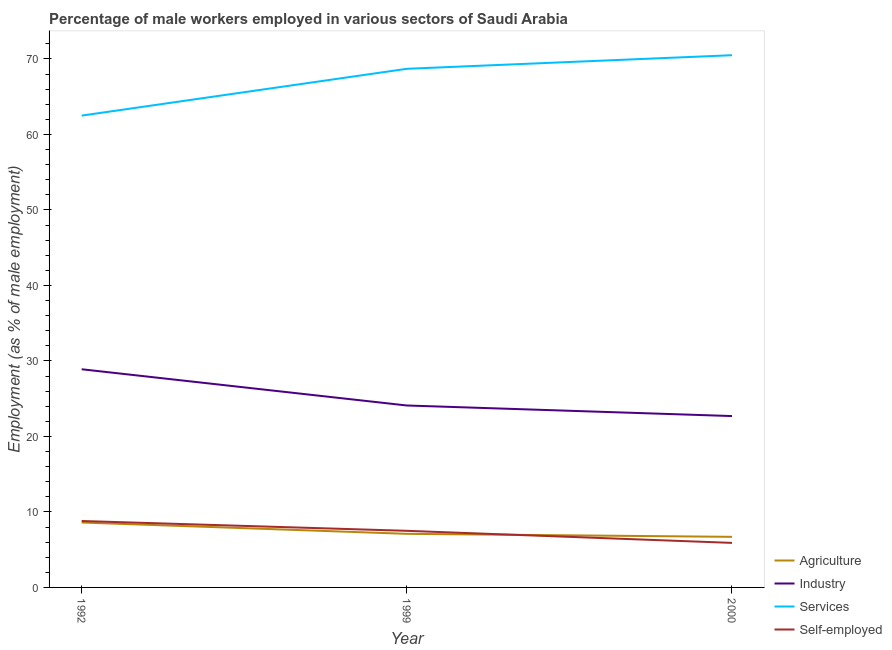
| Year | Agriculture | Industry | Services | Self-employed |
 | --- | --- | --- | --- | --- |
 | 1992 | 8.6 | 28.9 | 62.5 | 8.8 |
 | 1999 | 7.1 | 24.1 | 68.7 | 7.5 |
 | 2000 | 6.7 | 22.7 | 70.5 | 5.9 |